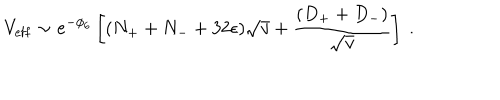
V _ { \mathrm { e f f } } \sim e ^ { - \phi _ { 6 } } \left[ ( N _ { + } + N _ { - } + 3 2 \epsilon ) \sqrt { v } + \frac { ( D _ { + } + D _ { - } ) } { \sqrt { v } } \right] \ .